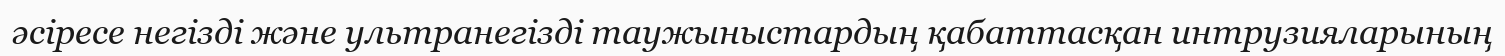
әсіресе негізді және ультранегізді таужыныстардың қабаттасқан интрузияларының